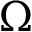
\Omega